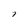
Character: 7